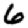
Digit: 6